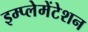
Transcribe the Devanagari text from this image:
इम्प्लेमेंटेशन